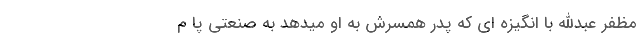
مظفر عبدالله با انگیز‌ه ای که پدر همسرش به او میدهد به صنعتی پا م